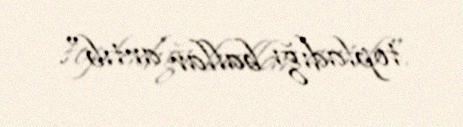
topladığı ballar artıb".